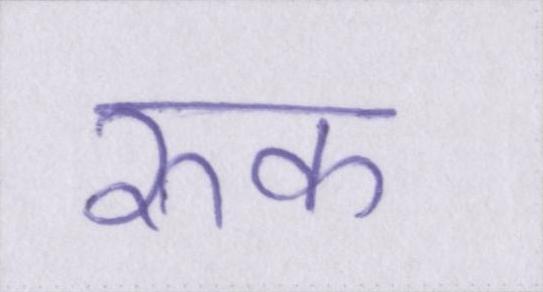
रुक